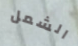
الشمل